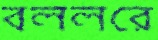
বললরে